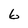
Character: 6